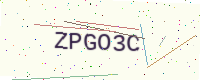
Text: ZPGO3C